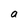
Character: a